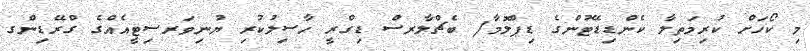
މި ކޯހަށް ކުރިމަތިލާ ކެންޑިޑޭޓުންގެ ޑިޕްލޮމާ/ ބެޗްލާރސް ޑިގްރީ ހާސިލުކުރި ޔުނިވަރސިޓީއެއްގެ ގްރޭޑިންގ